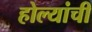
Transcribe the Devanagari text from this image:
होल्यांची